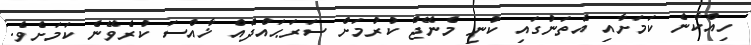
ހިއްކާނެ ކަމަށާއި އެތަނުގައި ކުނި މެނޭޖް ކުރުމަށް ސަރަޙައްދެއް ޚާއްސަ ކުރެވޭނެ ކަމަށެވެ.